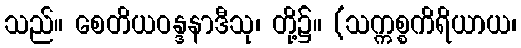
သည်။ စေတိယဝန္ဒနာဒီသု၊ တို့၌။ (သက္ကစ္စကိရိယာယ၊